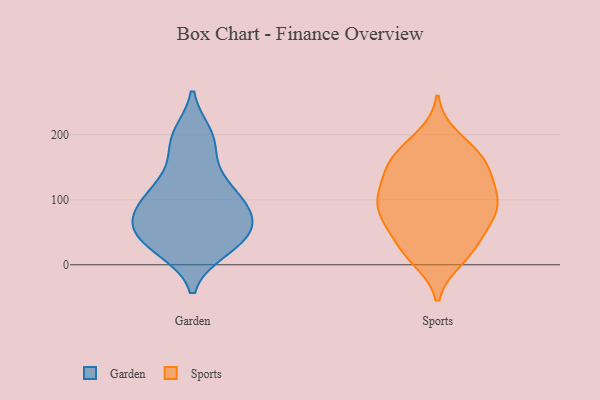
{"axis": {"x": "Waste Production (Tons)", "y": "Value"}, "legend": ["Garden", "Sports"], "data": [{"x": "", "y": 71, "type": "Garden"}, {"x": "", "y": 125, "type": "Garden"}, {"x": "", "y": 24, "type": "Garden"}, {"x": "", "y": 62, "type": "Garden"}, {"x": "", "y": 97, "type": "Garden"}, {"x": "", "y": 194, "type": "Garden"}, {"x": "", "y": 57, "type": "Garden"}, {"x": "", "y": 67, "type": "Garden"}, {"x": "", "y": 199, "type": "Garden"}, {"x": "", "y": 35, "type": "Garden"}, {"x": "", "y": 70, "type": "Garden"}, {"x": "", "y": 29, "type": "Garden"}, {"x": "", "y": 184, "type": "Garden"}, {"x": "", "y": 102, "type": "Garden"}, {"x": "", "y": 32, "type": "Garden"}, {"x": "", "y": 103, "type": "Garden"}, {"x": "", "y": 133, "type": "Garden"}, {"x": "", "y": 158, "type": "Sports"}, {"x": "", "y": 104, "type": "Sports"}, {"x": "", "y": 74, "type": "Sports"}, {"x": "", "y": 103, "type": "Sports"}, {"x": "", "y": 74, "type": "Sports"}, {"x": "", "y": 164, "type": "Sports"}, {"x": "", "y": 151, "type": "Sports"}, {"x": "", "y": 26, "type": "Sports"}, {"x": "", "y": 129, "type": "Sports"}, {"x": "", "y": 103, "type": "Sports"}, {"x": "", "y": 60, "type": "Sports"}, {"x": "", "y": 74, "type": "Sports"}, {"x": "", "y": 27, "type": "Sports"}, {"x": "", "y": 84, "type": "Sports"}, {"x": "", "y": 177, "type": "Sports"}, {"x": "", "y": 118, "type": "Sports"}, {"x": "", "y": 17, "type": "Sports"}, {"x": "", "y": 195, "type": "Sports"}, {"x": "", "y": 155, "type": "Sports"}, {"x": "", "y": 10, "type": "Sports"}]}